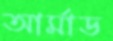
আর্মাড